Lunatic asylums in Bengal annual reports 1899-1911 - 1899-1911
Year: 1899
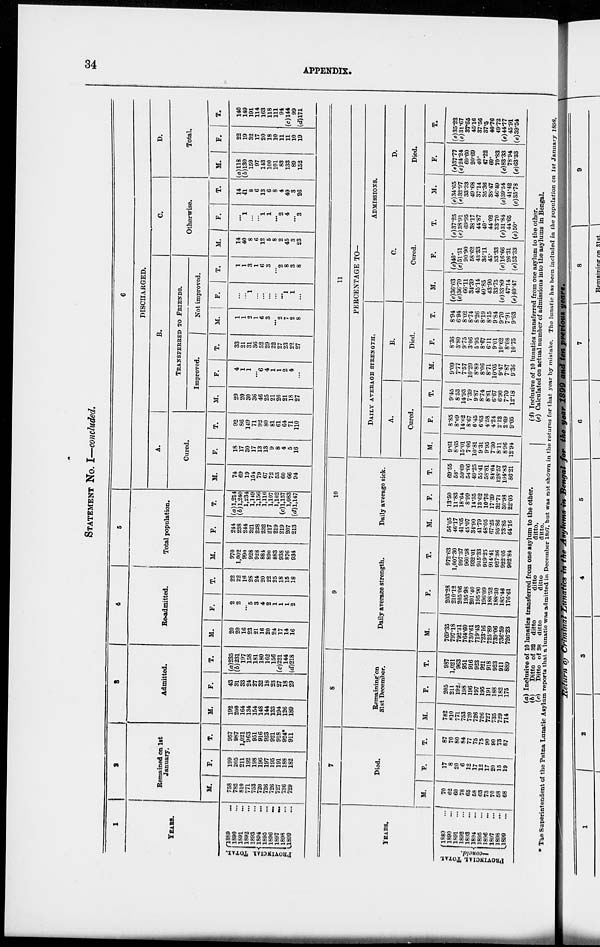
34
APPENDIX.
STATEMENT NO. I—concluded.
1
YEARS.
PROVINCIAL TOTAL.
1889 ...
1890 ...
1891 ...
1892 ...
1893 ...
1894 ...
1895 ...
1896
...
1897
...
1898 ...
1899 ...
2
Remained on 1st
January.
M.
758
782
810
771
753
720
726
726
727
736
729
F.
199
205
211
192
198
196
197
195
191
188
182
T.
957
987
1,021
963
951
916
923
921
918
924*
911
3
Admitted.
M.
192
200
164
134
154
148
144
133
194
126
189
F.
43
31
33
24
27
32
18
23
27
18
29
T.
(a)235
(b)231
197
158
181
180
162
156
(c)221
144
(d)218
4
Re-admitted.
M.
20
20
16
23
21
16
20
24
17
14
16
F.
2
2
...
5
3
4
2
1
1
1
2
T.
22
22
16
28
24
20
22
25
18
15
18
5
Total population.
M.
970
1,002
990
928
928
884
890
883
938
876
934
F.
244
238
244
221
228
232
217
219
219
207
213
T.
(a) 1,214
(b)1,240
1,234
1,149
1,156
1,116
1,107
1,102
(c)l,157
1,083
(d)l,147
6
DISCHARGED.
A.
Cured.
M.
74
69
19
154
79
67
72
53
60
66
94
F.
18
17
30
17
13
13
9
8
4
5
16
T.
92
86
149
71
92
80
81
61
64
71
110
B.
TRANSFERRED TO FRIENDS.
Improved.
M.
29
20
30
36
46
25
21
26
21
18
27
F.
4
1
1
...
6
4
1
1
2
4
...
T.
33
21
31
36
52
29
22
27
23
22
27
Not improved.
M.
1
1
2
1
6
3
...
2
7
2
8
F.
...
...
1
...
...
...
...
...
1
1
...
T.
1
1
3
1
6
3
...
2
8
3
8
C.
Otherwise.
M.
14
40
8
6
12
5
8
2
45
3
23
F.
...
1
...
...
1
1
...
2
4
...
3
T.
14
41
8
6
13
6
8
4
49
3
26
D.
Total.
M.
(a)118
(b)130
159
97
143
100
101
83
133
89
152
F.
22
19
32
17
20
18
10
11
11
10
19
T.
140
149
191
114
163
118
111
94
(c)144
99
(d)171
YEARS.
PROVINCIAL TOTAL
—concld.
1889 ...
1890 ...
1891 ...
1892 ...
1893 ...
1894 ...
1895 ...
1896 ...
1897 ...
1898 ...
1899 ...
7
Died.
M.
70
62
60
78
65
58
63
73
70
58
68
F.
17
8
20
6
12
17
12
17
20
15
19
T.
87
70
80
84
77
75
75
90
90
73
87
8
Remaining on
31st December.
M.
782
810
771
753
720
726
726
727
735
729
714
F.
205
211
192
198
196
197
195
191
188
182
175
T.
987
1,021
963
951
916
923
921
918
923
911
889
9
Daily average strength.
M.
769.35
797.18
792.31
764.60
730.61
719.43
723.16
725.89
739.06
736.59
726.23
F.
203.28
210.12
205.06
195.98
201.40
195.90
196.09
188.52
188.30
185.46
176.61
T.
972.63
1,007.30
997.37
960.58
932.01
915.33
919.25
914.41
927.36
922.05
902.84
10
Daily average sick.
M.
56.05
46.17
41.05
45.07
34.90
41.79
48.05
67.25
95.86
73.85
64.16
F.
13.50
11.83
18.64
8.99
14.35
13.62
10.76
17.39
32.71
30.98
22.05
T.
69.55
58.
59.69
54.06
49.25
55.41
58.81
84.64
128.57
104.83
86.21
11
PERCENTAGE TO—
DAILY AVERAGE STRENGTH.
A.
Cured.
M.
9.61
8.65
15.01
7.06
10.81
9.31
9.95
7.30
8.11
8.96
12.94
F.
8.85
8.09
14.62
8.67
6.45
6.63
4.58
4.24
2.12
2.69
9.05
T.
9.45
8.53
14.93
7.39
9.87
8.74
8.81
6.67
6.90
7.70
12.18
B.
Died.
M.
9.09
7.77
7.57
10.20
8.89
8.06
8.71
10.05
9.47
7.87
9.36
F.
8.36
3.80
9.75
3.06
5.95
8.67
6.11
9.01
10.62
8.08
10.75
T.
8.94
6.94
8.02
8.74
8.26
8.19
8.15
9.84
9.70
7.91
9.63
ADMISSIONS.
C.
Cured.
M.
(e)36.63
(e)36.70
66.11
34.39
45.14
40.85
43.90
33.75
(e)33.89
47.14
(e) 49.47
F.
(e)40.
(e)51.51
90.90
58.62
43.33
36.11
45.
33.33
(e)16.66
26.31
(e)53.33
T.
(e)37.25
(e)38.91
69.95
38.17
44.87
40.
44.02
33.70
(e)31.84
44.65
(e)50.
D.
Died.
M.
(e)34.65
(e)32.97
33.33
49.68
37.14
35.36
38.47
46.49
(e)39.54
41.42
(e)35.78
F.
(e)87.77
(e)24.24
60.60
20.69
40.
47.22
60.
70.83
(e)83.33
78.94
(e)63.33
T.
(e)35.22
(e)3l.67
37.55
45.16
37.56
37.5
40.76
49.72
(e)44.77
45.91
(e)39.54
(a) Inclusive of 10 lunatics transferred from
(b)
(c)
Ditto
Ditto
of 32
of 38
ditto
ditto
ditto
ditto
one asylum to the other.
ditto.
ditto.
(d) Inclusive of 10 lunatics transferred from one asylum to the other.
(e) Calculated on actual number of admissions into the asylums in Bengal.
* The Superintendent of the Patna Lunatic Asylum reports that a lunatic was admitted in December 1897, but was not shown in the returns for that year by mistake. The lunatic has been included in the population on 1st January 1898.